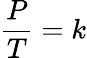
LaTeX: {\frac{P}{T}}=k